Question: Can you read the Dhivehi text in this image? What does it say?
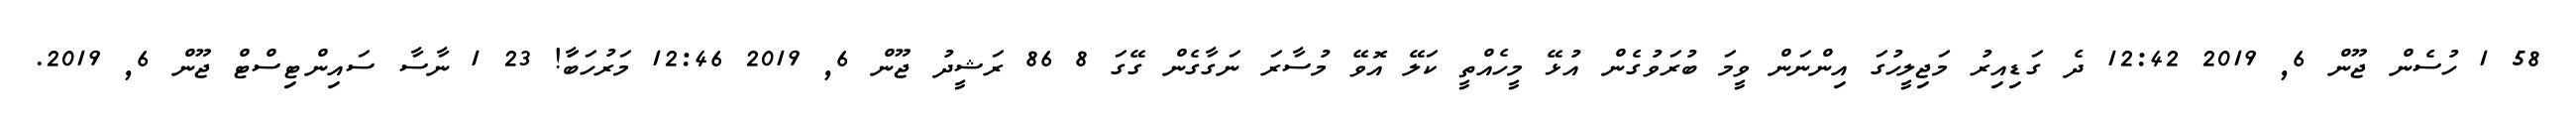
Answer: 58 1 ހުސެން ޖޫން 6, 2019 12:42 ދެ ގަޑިއިރު މަޖިލީހުގަ އިންނަން ވީމަ ބުރަވުގެން އުޅޭ މީހެއްތީ ކަލޭ އޮވޭ މުސާރަ ނަގާގެން ގޭގަ 8 86 ރަޝީދު ޖޫން 6, 2019 12:46 މަރުހަބާަ! 23 1 ނާސާ ސައިންޓިސްޓް ޖޫން 6, 2019.